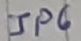
Text: JP6